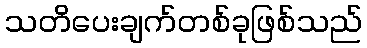
သတိပေးချက်တစ်ခုဖြစ်သည်